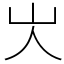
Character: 㞤